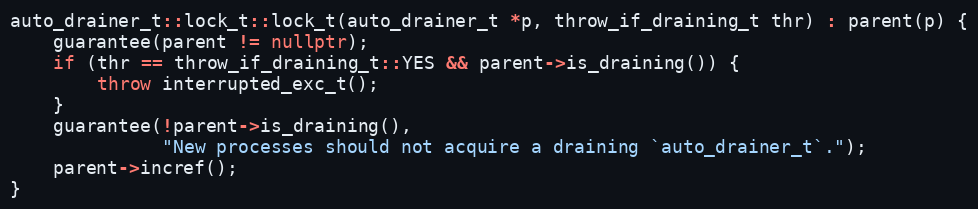
Language: C++
auto_drainer_t::lock_t::lock_t(auto_drainer_t *p, throw_if_draining_t thr) : parent(p) {
    guarantee(parent != nullptr);
    if (thr == throw_if_draining_t::YES && parent->is_draining()) {
        throw interrupted_exc_t();
    }
    guarantee(!parent->is_draining(),
              "New processes should not acquire a draining `auto_drainer_t`.");
    parent->incref();
}